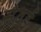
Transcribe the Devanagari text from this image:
सेवर्ड